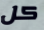
كل